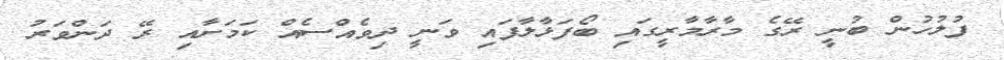
ފުލުހުން ބުނީ ރޭގެ މާރާމާރީގައި ބޯފަޅާލާފައި ވަނީ ދިވެއްސެއް ކަމަށާއި ރޭ ދަންވަރު